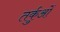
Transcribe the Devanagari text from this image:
तर्कुओं